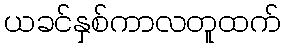
ယခင်နှစ်ကာလတူထက်